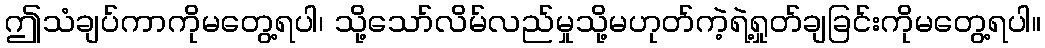
ဤသံချပ်ကာကိုမတွေ့ရပါ၊ သို့သော်လိမ်လည်မှုသို့မဟုတ်ကဲ့ရဲ့ရှုတ်ချခြင်းကိုမတွေ့ရပါ။